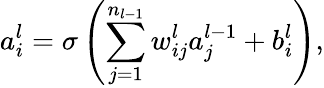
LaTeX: a_{i}^{l}=\sigma\left(\sum_{j=1}^{n_{l-1}}w_{ij}^{l}a_{j}^{l-1}+b_{i}^{l}\right),